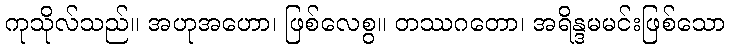
ကုသိုလ်သည်။ အဟုအဟော၊ ဖြစ်လေစွ။ တဿဂတော၊ အရိန္ဒမမင်းဖြစ်သော